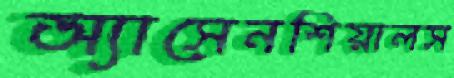
অ্যাসেনশিয়ালস